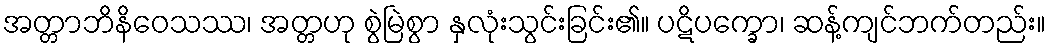
အတ္တာဘိနိဝေသဿ၊ အတ္တဟု စွဲမြဲစွာ နှလုံးသွင်းခြင်း၏။ ပဋိပက္ခော၊ ဆန့်ကျင်ဘက်တည်း။